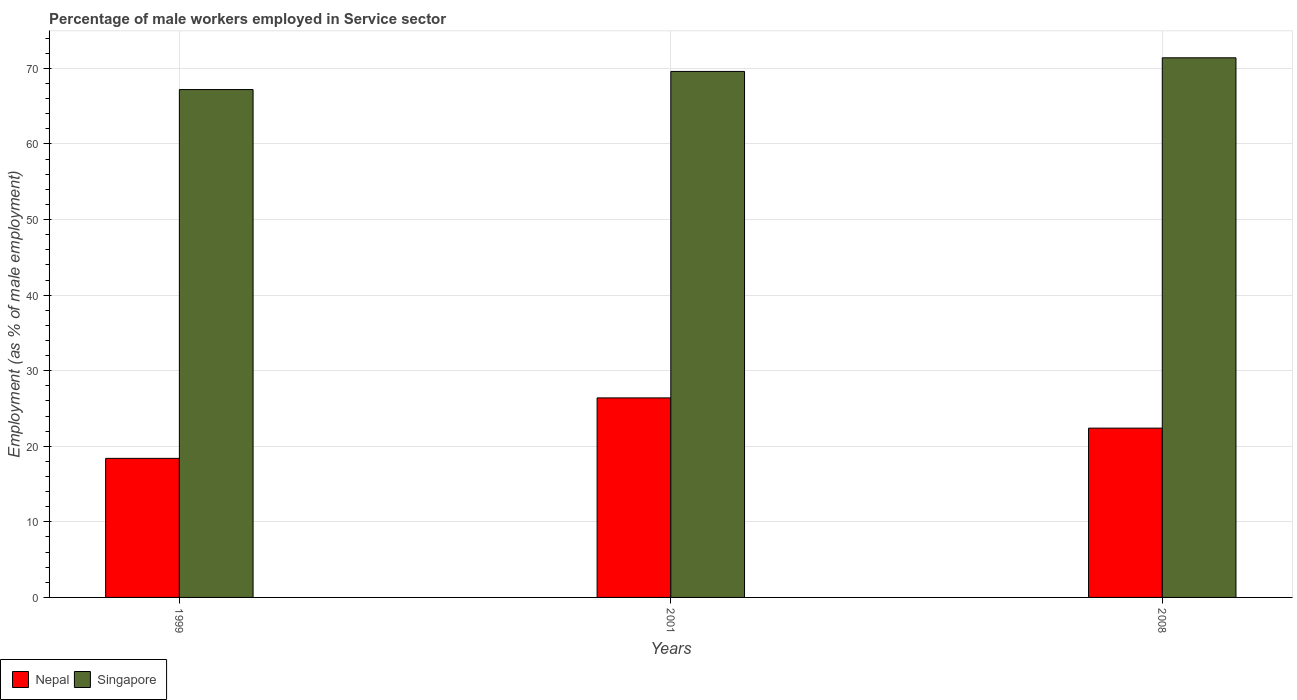
| Years | Nepal | Singapore |
 | --- | --- | --- |
 | 1999 | 18.4 | 67.2 |
 | 2001 | 26.4 | 69.6 |
 | 2008 | 22.4 | 71.4 |